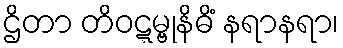
ဌိတာ တိဝဋ္ဋမ္ဗုနိဓိံ နရာနရာ၊